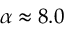
\alpha \approx 8 . 0